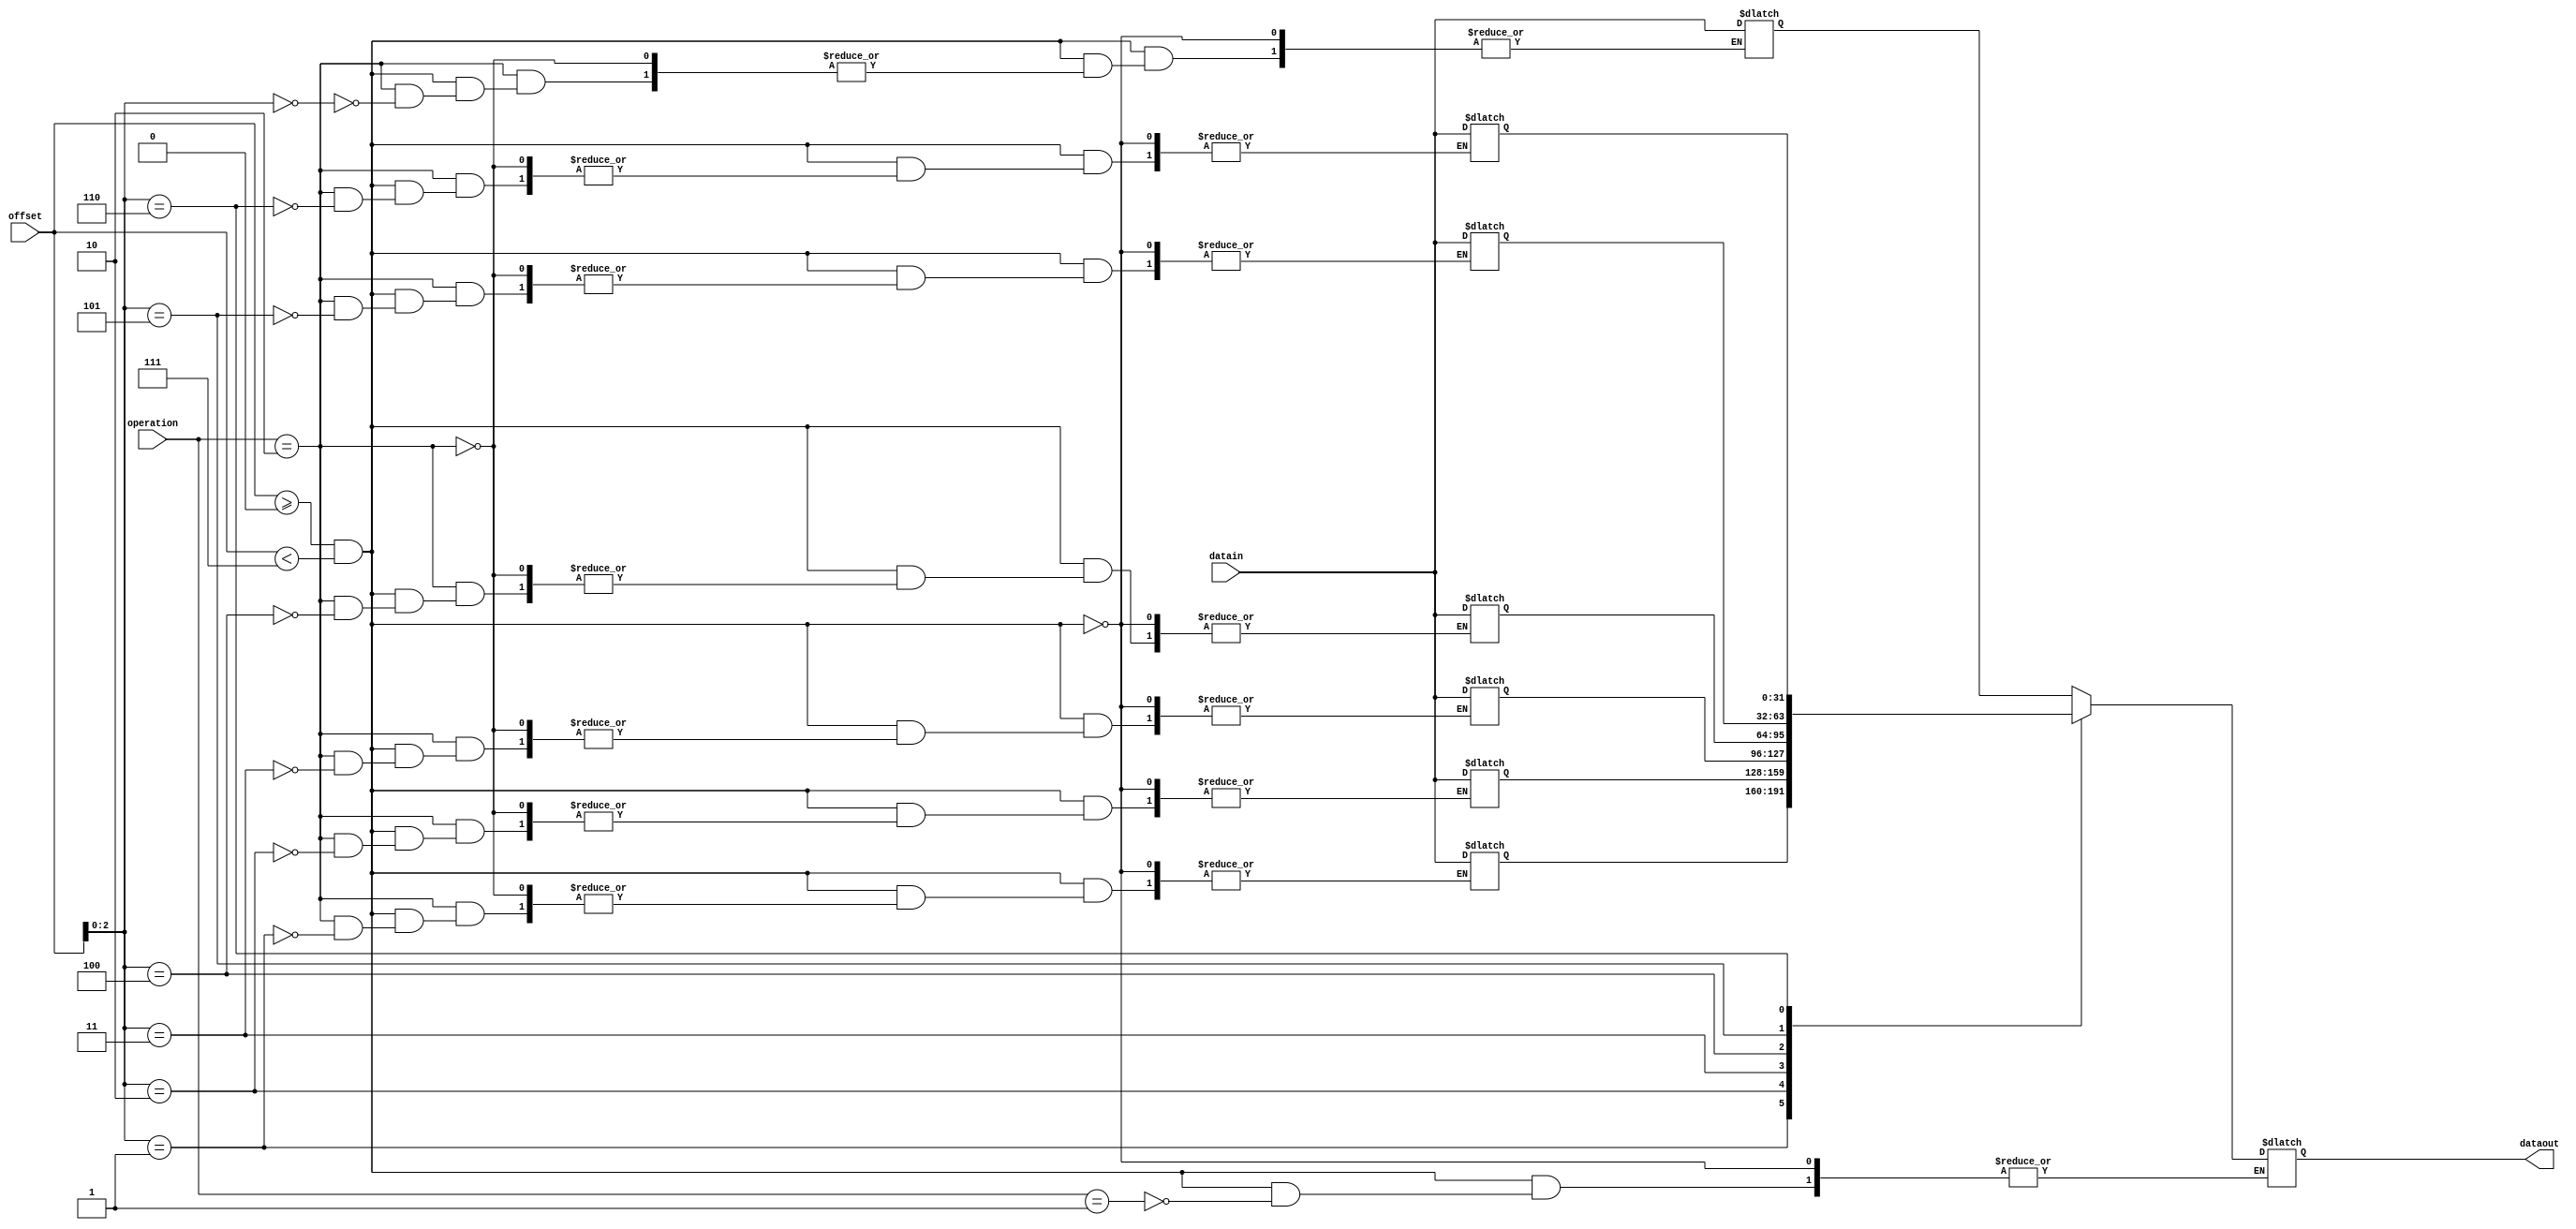
// An RAM.
module memory(operation, offset, datain, dataout);
	input      [1:0]  operation;
	input      [31:0] offset;
	input      [31:0] datain;
	output reg [31:0] dataout;
	parameter mem_size = 5;
	reg [31:0] mem [mem_size + 1:0]; // Actual data in [mem_size:1].
	integer i;

	initial begin
		for (i = 0; i < mem_size + 2; i = i + 1)
			mem[i] = 0;
	end

	always @(operation, offset, datain) begin
		if (offset >= 0 && offset < mem_size + 2) begin // boundary check
			case (operation)
				2'b01: dataout = mem[offset]; // read
				2'b10: mem[offset] = datain; // write
				// hang on other conditions
			endcase
		end
	end
endmodule